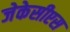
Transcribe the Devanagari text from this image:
जेकेसीएस